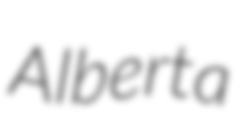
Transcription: Alberta